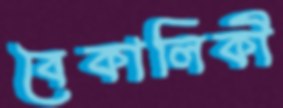
বৈকালিকী